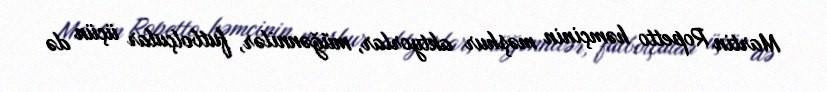
Martin Ropetto həmçinin məşhur aktyorlar, müğənnilər, futbolçular üçün də